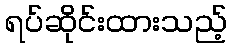
ရပ်ဆိုင်းထားသည့်